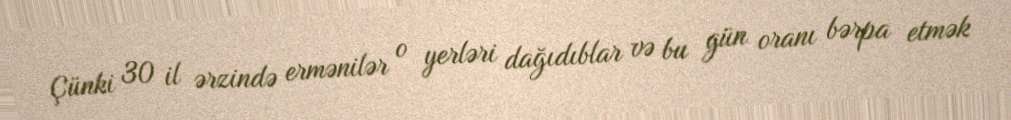
Çünki 30 il ərzində ermənilər o yerləri dağıdıblar və bu gün oranı bərpa etmək